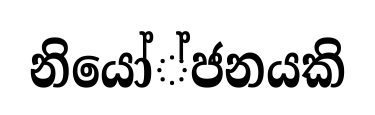
නියෝ්ජනයකි